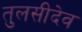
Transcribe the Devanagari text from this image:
तुलसीदेव